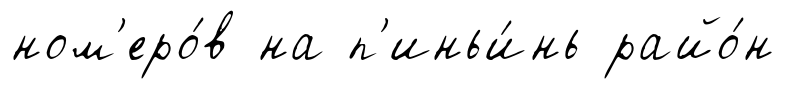
ном'еро́в на п'иньи́нь райо́н